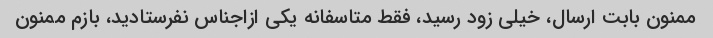
ممنون بابت ارسال، خیلی زود رسید، فقط متاسفانه یکی ازاجناس نفرستادید، بازم ممنون